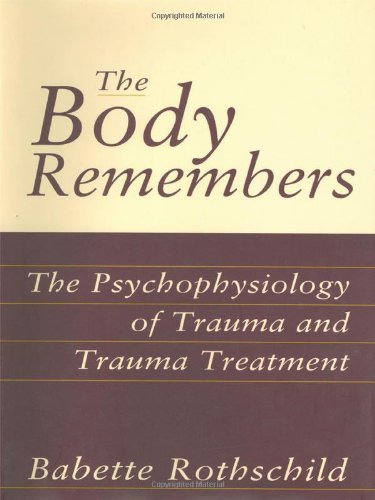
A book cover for The Body Remembers: The Psychophysiology of Trauma and Trauma Treatment (Norton Professional Book); Babette Rothschild; Medical Books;